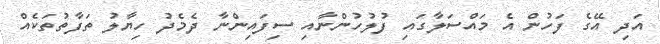
އަދި އޭގެ ފަހުން އެ މައްސަލާގައި ފުލުހުންނާއި ސިފައިންނާ ދެމެދު ހިޔާލު ތަފާތުތަކެއް